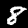
Label: 8